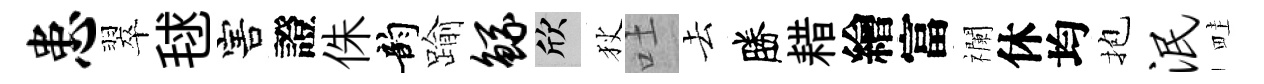
患翠毬害證侏韵踰鲧欣狄吐去勝耤繪富襴休均抱泯畦